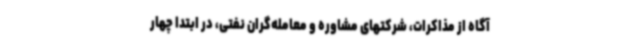
آگاه از مذاکرات، شرکتهای مشاوره و معامله‌گران نفتی، در ابتدا چهار